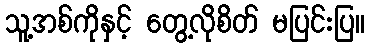
သူ့အစ်ကိုနှင့် တွေ့လိုစိတ် မပြင်းပြ။